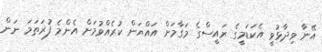
އޭނާ ވިދާޅުވީ އެކަޑަމީގެ ރައީސްގެ މަގާމަށް އައްޔަން ކުރެއްވުމަށް އެންމެ ފުރަތަމަ ނަން